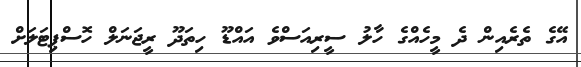
އޭގެ ތެރެއިން ދެ މީހެއްގެ ހާލު ސީރިއަސްވެ އައްޑޫ ހިތަދޫ ރީޖަނަލް ހޮސްޕިޓަލަށް